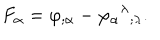
LaTeX: F _ { \alpha } = \varphi _ { ; \alpha } - \varphi _ { \alpha } { } ^ { \lambda } { } _ { ; \lambda } .